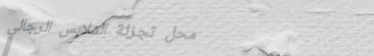
محل تجزئة الملابس الرجالي